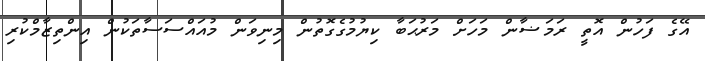
އޭގެ ފަހުން އޮތީ ރަމަޟާން މަހަށް މަރުޙަބާ ކިޔުމުގެގޮތުން މިނިވަން މުއައްސަސާތަކުން އިންތިޒާމްކުރި